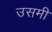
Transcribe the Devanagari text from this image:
उसमी